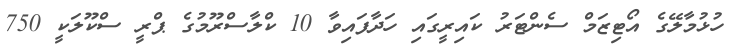
ހުޅުމާލޭގެ އޯޓިޒަމް ސެންޓަރު ކައިރީގައި ހަދާފައިވާ 10 ކްލާސްރޫމުގެ ޕްރީ ސްކޫލަކީ 750